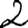
Digit: 2